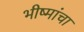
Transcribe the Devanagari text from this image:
भीष्मांचा